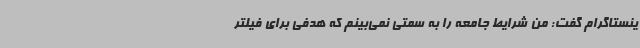
ینستاگرام گفت: من شرایط جامعه را به سمتی نمی‌بینم که هدفی برای فیلتر